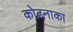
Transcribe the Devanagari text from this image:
कोटनाका